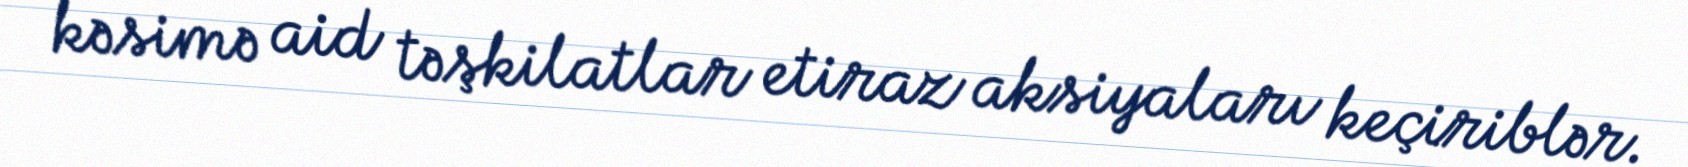
kəsimə aid təşkilatlar etiraz aksiyaları keçiriblər.